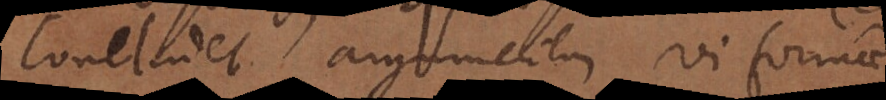
concludet argumentum vi formae.